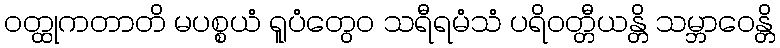
ဝတ္ထုကတာတိ မပစ္စယံ ရူပံတွေဝ သရီရမံသံ ပရိဝတ္တီယန္တိ သမ္ဘာဝေန္တိ